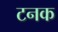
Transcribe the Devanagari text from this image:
टनक